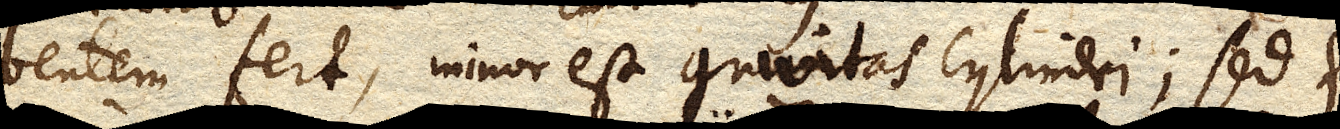
bentem fert, minor est gravitas cylindri; sed et